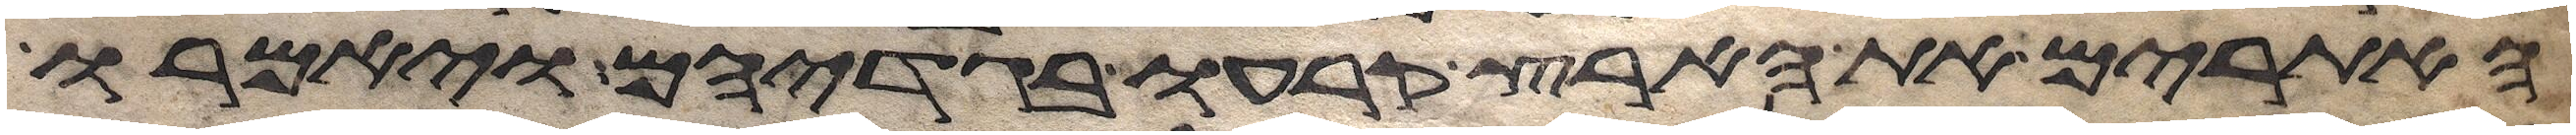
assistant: האתורים את הארץ קרעו בגדיהם ויאמרו